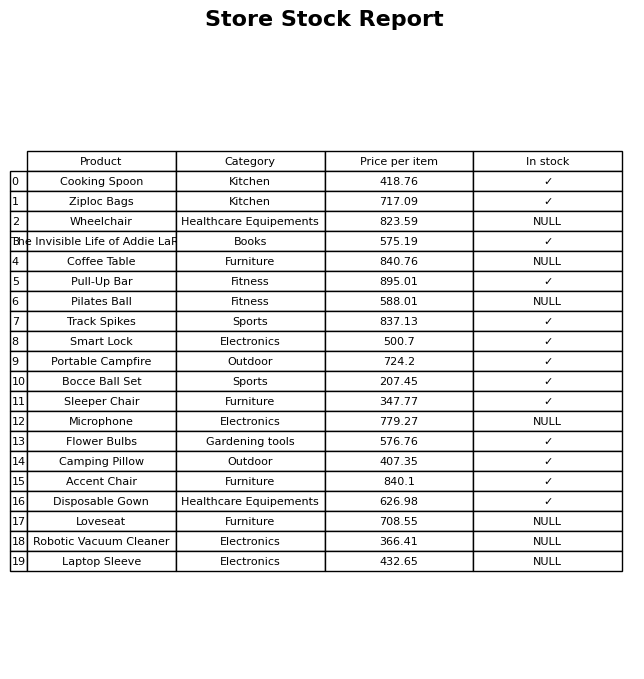
question: What is the price of the Laptop Sleeve?
answer: The price of Laptop Sleeve is 432.65.